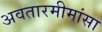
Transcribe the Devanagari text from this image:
अवतारमीमांसा